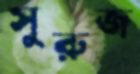
সুরুজ